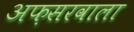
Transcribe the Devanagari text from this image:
अफ़सरवाला